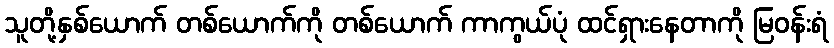
သူတို့နှစ်ယောက် တစ်ယောက်ကို တစ်ယောက် ကာကွယ်ပုံ ထင်ရှားနေတာကို မြဝန်းရံ